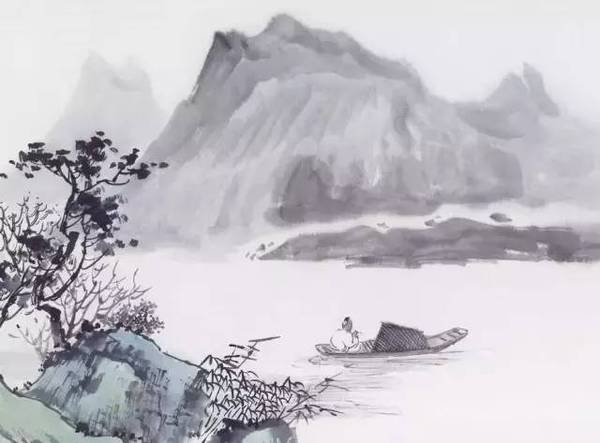
昨夜吴中雪，子猷佳兴发。